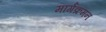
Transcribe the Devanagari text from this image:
मार्गक्रमन